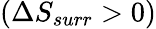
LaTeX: (\Delta S_{surr}>0)